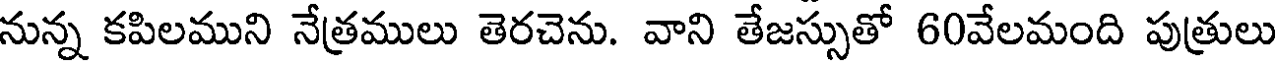
నున్న కపిలముని నేత్రములు తెరచెను. వాని తేజస్సుతో 60వేలమంది పుత్రులు